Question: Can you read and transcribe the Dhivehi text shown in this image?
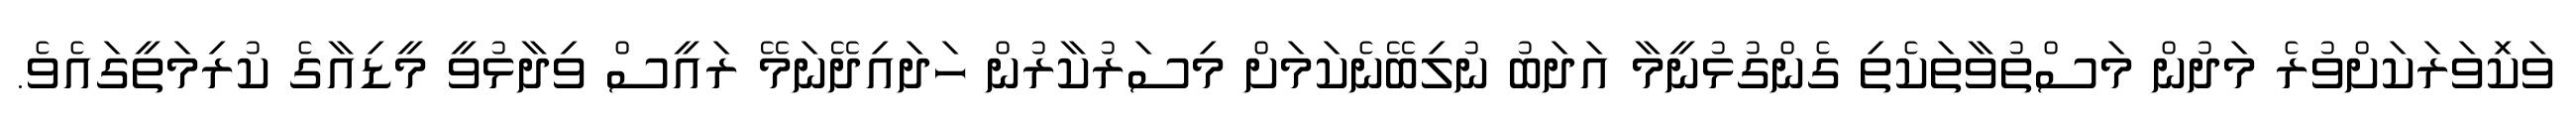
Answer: ވަކަިވަރަކަށްވުރެ މަދުން މަސްތުވާތަކެތި ގެންގުޅުނީމާ އަދަބު ނުލިބޭނެކަމަށް މިސަރުކާރުން ހަދައިދޭނަމޭ ރައީސް ވިދާޅުވީ މީޑިއާގެ ކުރިމަތީގައެވެ.